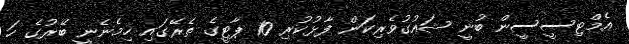
އެމްޓިސީސީން ބުނީ ޝައުގުވެރިކަން ފާޅުކުރި 10 ޕާޓީގެ ތެރޭގައި ހިމެނެނީ ބޭރުގެ ހަ